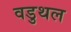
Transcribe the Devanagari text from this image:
वडुथल